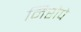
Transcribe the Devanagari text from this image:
निरोपे